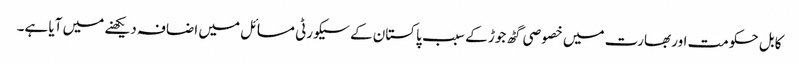
کابل حکومت اور بھارت میں خصوصی گٹھ جوڑ کے سبب پاکستان کے سیکورٹی مسائل میں اضافہ دیکھنے میں آیا ہے۔